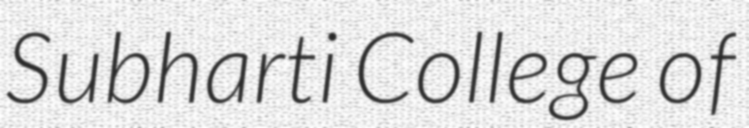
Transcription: Subharti College of